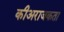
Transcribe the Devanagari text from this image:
कीअराजकता